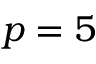
p = 5